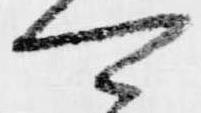
可